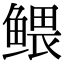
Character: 鳂